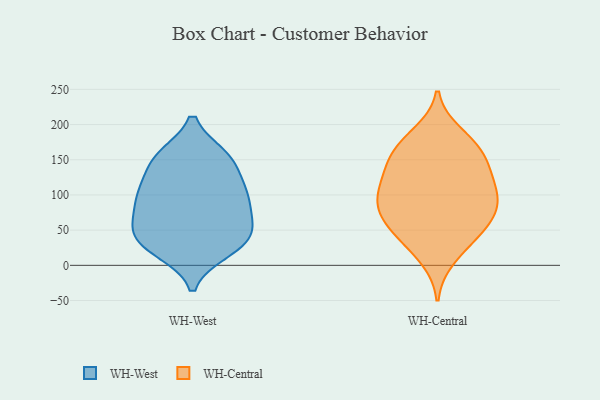
{"axis": {"x": "Temperature (°C)", "y": "Value"}, "legend": ["WH-Central", "WH-West"], "data": [{"x": "", "y": 57, "type": "WH-West"}, {"x": "", "y": 112, "type": "WH-West"}, {"x": "", "y": 66, "type": "WH-West"}, {"x": "", "y": 151, "type": "WH-West"}, {"x": "", "y": 94, "type": "WH-West"}, {"x": "", "y": 115, "type": "WH-West"}, {"x": "", "y": 46, "type": "WH-West"}, {"x": "", "y": 23, "type": "WH-West"}, {"x": "", "y": 97, "type": "WH-West"}, {"x": "", "y": 151, "type": "WH-West"}, {"x": "", "y": 154, "type": "WH-West"}, {"x": "", "y": 81, "type": "WH-West"}, {"x": "", "y": 101, "type": "WH-West"}, {"x": "", "y": 155, "type": "WH-West"}, {"x": "", "y": 28, "type": "WH-West"}, {"x": "", "y": 20, "type": "WH-West"}, {"x": "", "y": 47, "type": "WH-West"}, {"x": "", "y": 38, "type": "WH-West"}, {"x": "", "y": 55, "type": "WH-Central"}, {"x": "", "y": 156, "type": "WH-Central"}, {"x": "", "y": 80, "type": "WH-Central"}, {"x": "", "y": 103, "type": "WH-Central"}, {"x": "", "y": 83, "type": "WH-Central"}, {"x": "", "y": 82, "type": "WH-Central"}, {"x": "", "y": 128, "type": "WH-Central"}, {"x": "", "y": 113, "type": "WH-Central"}, {"x": "", "y": 43, "type": "WH-Central"}, {"x": "", "y": 153, "type": "WH-Central"}, {"x": "", "y": 187, "type": "WH-Central"}, {"x": "", "y": 86, "type": "WH-Central"}, {"x": "", "y": 34, "type": "WH-Central"}, {"x": "", "y": 112, "type": "WH-Central"}, {"x": "", "y": 177, "type": "WH-Central"}, {"x": "", "y": 137, "type": "WH-Central"}, {"x": "", "y": 165, "type": "WH-Central"}, {"x": "", "y": 58, "type": "WH-Central"}, {"x": "", "y": 10, "type": "WH-Central"}]}